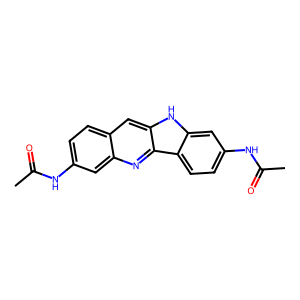
SMILES: CC(=O)Nc1ccc2cc3[nH]c4cc(NC(C)=O)ccc4c3nc2c1
Inhibits HIV replication: No